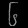
Digit: ၆